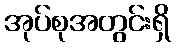
အုပ်စုအတွင်းရှိ